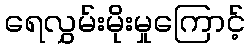
ရေလွှမ်းမိုးမှုကြောင့်